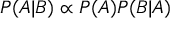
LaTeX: P ( A | B ) \propto P ( A ) P ( B | A )